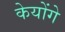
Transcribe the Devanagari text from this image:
केयोंगे